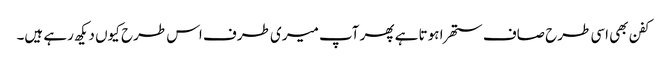
کفن بھی اسی طرح صاف ستھرا ہوتا ہے پھر آپ میری طرف اس طرح کیوں دیکھ رہے ہیں۔